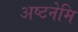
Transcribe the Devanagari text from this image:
अष्टनेमि